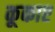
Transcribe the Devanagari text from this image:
कूकाए